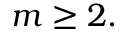
m \geq 2 .